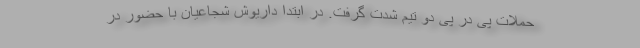
حملات پی در پی دو تیم شدت گرفت. در ابتدا داریوش شجاعیان با حضور در